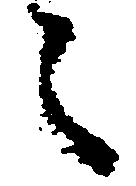
之